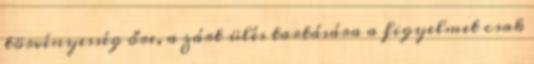
törvényesség őre, a zárt ülés tartására a figyelmet csak